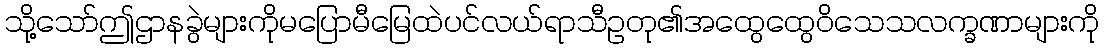
သို့သော်ဤဌာနခွဲများကိုမပြောမီမြေထဲပင်လယ်ရာသီဥတု၏အထွေထွေဝိသေသလက္ခဏာများကို